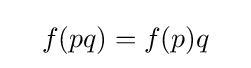
\quad f(pq)=f(p)q\quad